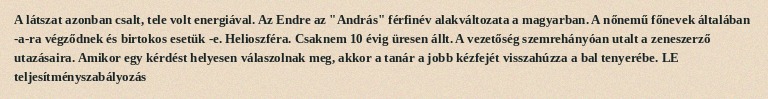
A látszat azonban csalt, tele volt energiával. Az Endre az "András" férfinév alakváltozata a magyarban. A nőnemű főnevek általában -a-ra végződnek és birtokos esetük -e. Helioszféra. Csaknem 10 évig üresen állt. A vezetőség szemrehányóan utalt a zeneszerző utazásaira. Amikor egy kérdést helyesen válaszolnak meg, akkor a tanár a jobb kézfejét visszahúzza a bal tenyerébe. LE teljesítményszabályozás